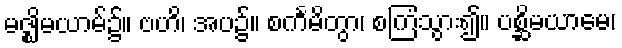
မဇ္ဈိမယာမ်၌။ ဗဟိ၊ အပ၌။ စင်္ကမိတွာ၊ စကြံသွား၍။ ပစ္ဆိမယာမေ၊